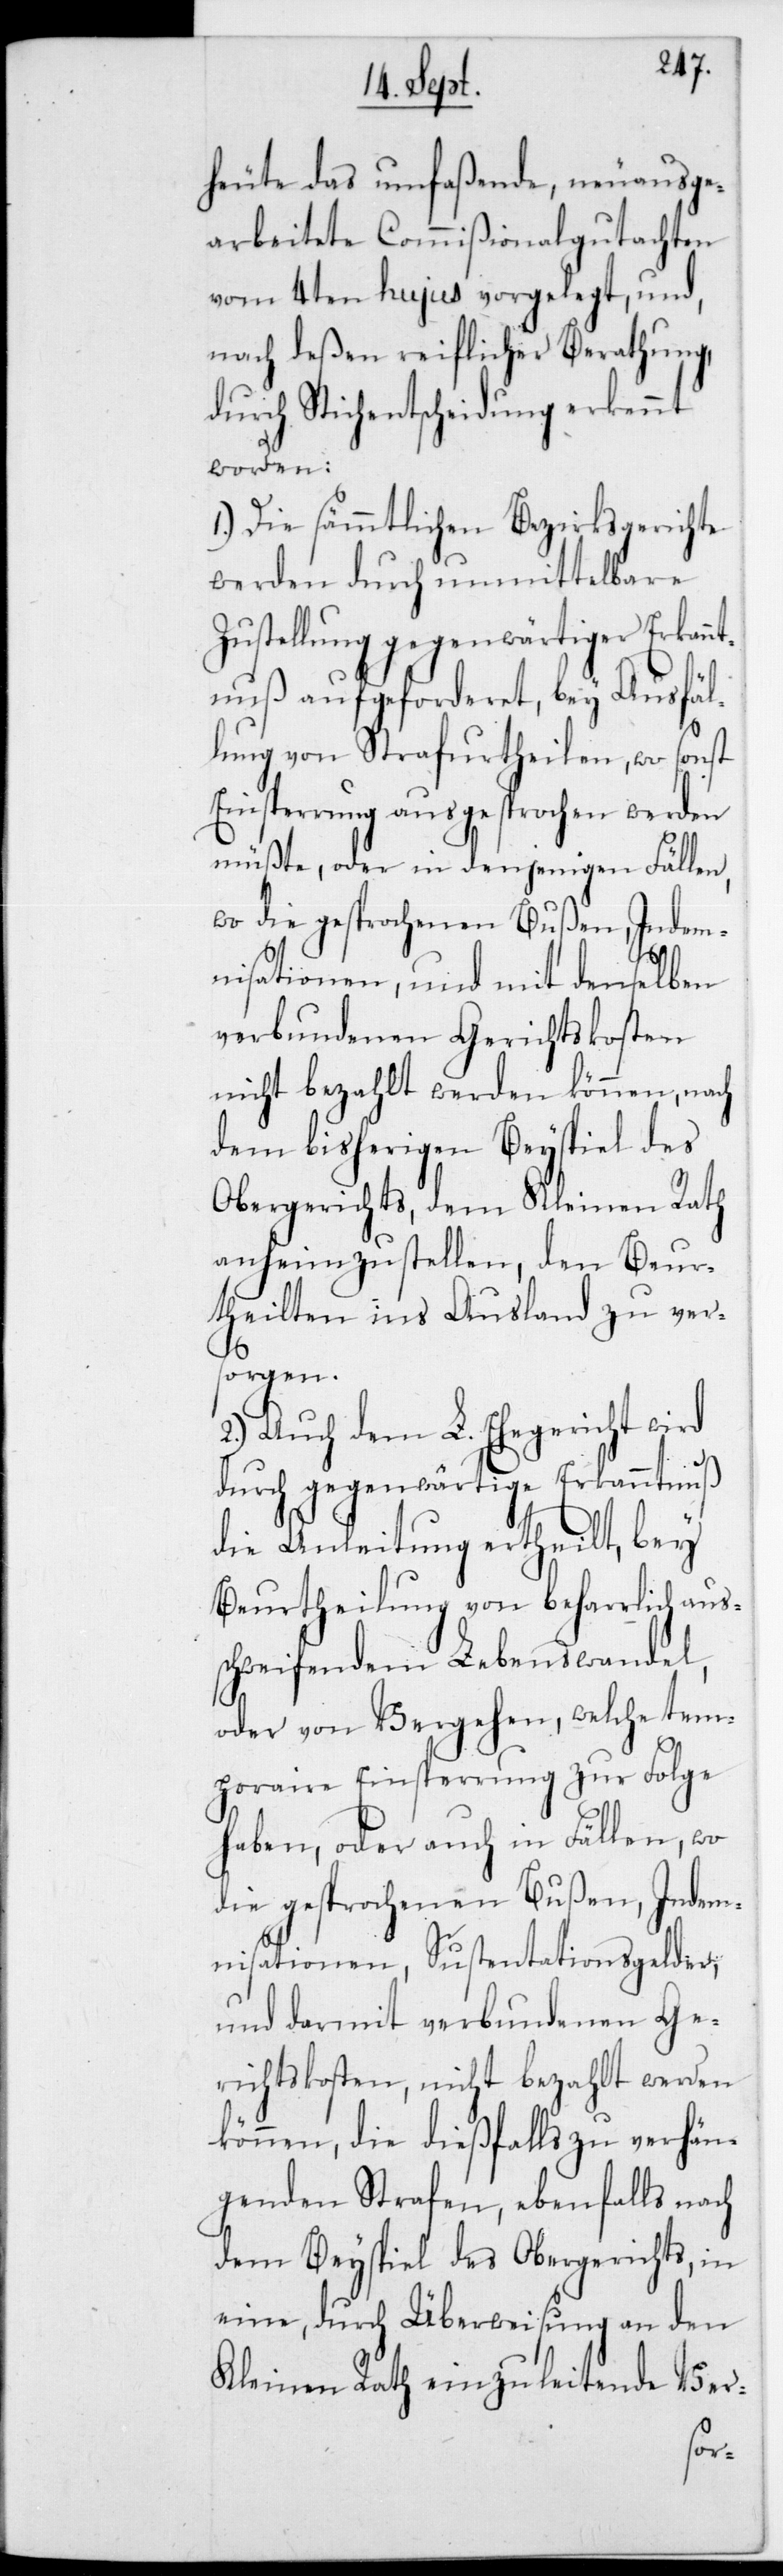
heute das umfaßende, neuausge¬
arbeitete Commißionalgutachten
vom 4ten hujus vorgelegt, und
nach deßen reiflicher Berathung,
durch Stichentscheidung erkennt
worden:
1.) Die sämmtlichen Bezirksgerichte
werden durch unmittelbare
Zustellung gegenwärtiger Erkann¬
tnuß aufgeforderet, bey Ausfäl¬
lung von Strafurtheilen, wo sonst
Einsperrung ausgesprochen werden
müßte, oder in denjenigen Fällen,
wo die gesprochenen Bußen, Indem¬
nisationen, und mit denselben
verbundenen Gerichtskosten
nicht bezahlt werden können, nach
dem bisherigen Beyspiel des
Obergerichts, dem Kleinen Rath
anheimzustellen, den Beur¬
theilten ins Ausland zu vers¬
orgen.
2.) Auch dem L. Ehegericht wird
durch gegenwärtige Erkanntnuß
die Anleitung ertheilt, bey
Beurtheilung von beharrlich aus¬
schweifendem Lebenswandel,
oder von Vergehen, welche tem¬
poraire Einsperrung zur Folge
haben, oder auch in Fällen, wo
die gesprochenen Bußen, Indem¬
nisationen, Sustentationsgelder,
und darmit verbundenen Ge¬
richtskosten, nicht bezahlt werden
können, die dießfalls zu verhän¬
genden Strafen, ebenfalls nach
dem Beyspiel des Obergerichts, in
eine, durch Überweisung an den
Kleinen Rath einzuleitende Ver-